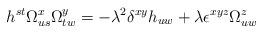
LaTeX: \begin{align*}h^{st} \Omega^x_{us} \Omega^y_{tw} = - \lambda^2 \delta^{xy} h_{uw} +\lambda \epsilon^{xyz} \Omega^z_{uw}\end{align*}